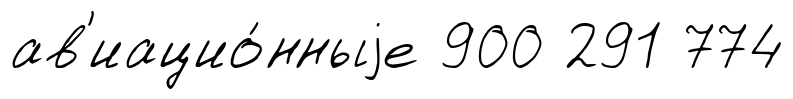
ав'иацио́нныjе 900 291 774